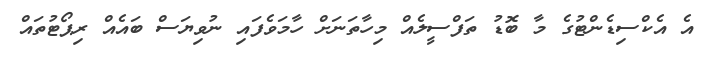
އެ އެކްސިޑެންޓުގެ މާ ބޮޑު ތަފްސީލެއް މިހާތަނަށް ހާމަވެފައި ނުވިޔަސް ބައެއް ރިޕޯޓުތައް